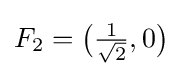
F_{2}={\bigl (}{\tfrac {1}{\sqrt {2}}},0{\bigr )}